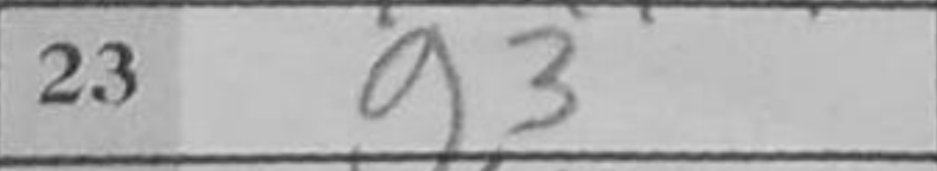
Transcription: g3